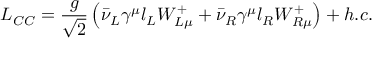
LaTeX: L _ { C C } = \frac { g } { \sqrt { 2 } } \left( \bar { \nu } _ { L } \gamma ^ { \mu } l _ { L } W _ { L \mu } ^ { + } + \bar { \nu } _ { R } \gamma ^ { \mu } l _ { R } W _ { R \mu } ^ { + } \right) + h . c .